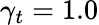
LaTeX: \gamma_{t}=1.0